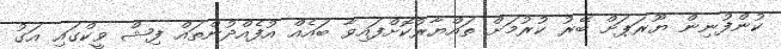
ކުންފުނިން ޔޫރަޕަށް ބޭރު ކުރުމަށް ތައްޔާރުކޮށްފައިވާ ބައެއް އުފެއްދުންތައް ފިޝް ވީކްގައި އަގު